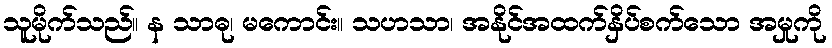
သူမိုက်သည်။ န သာဓု၊ မကောင်း။ သဟသာ၊ အနိုင်အထက်နှိပ်စက်သော အမှုကို